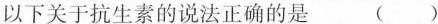
以下关于抗生素的说法正确的是 ( )